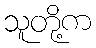
သူတို့က